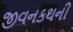
જીવનકથની